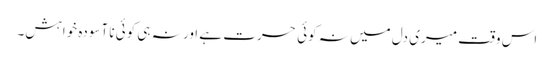
اس وقت میری دل میں نہ کوئی حسرت ہے اور نہ ہی کوئی نا آسودہ خواہش۔